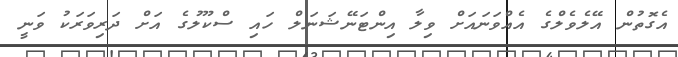
އެގޮތުން އޭލެވެލްގެ އެއްވަނައަށް ވިލާ އިންޓަނޭޝަނަލް ހައި ސްކޫލުގެ އަށް ދަރިވަރަކު ވަނީ